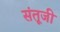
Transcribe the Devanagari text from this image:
संतूजी